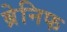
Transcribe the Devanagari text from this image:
ब्रेनिफ